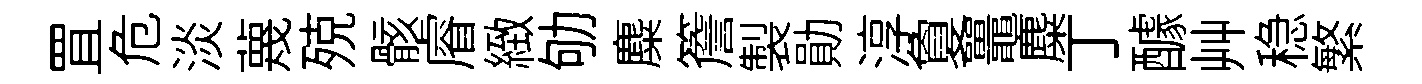
罝危淡蔑殑骸𥈠緻劬麋簷製勛淳夐鼉麋丁醵艸稳繁